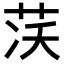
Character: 𦮮